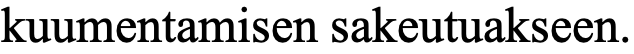
kuumentamisen sakeutuakseen.